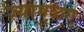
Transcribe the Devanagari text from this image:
ज्यामुळए